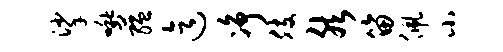
挲啾蕴迄净肢然笛佩小